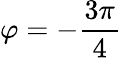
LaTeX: \varphi=-\frac{3\pi}{4}